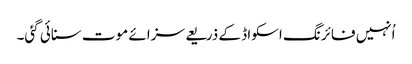
اُنہیں فائرنگ اسکواڈ کے ذریعے سزائے موت سنائی گئی۔